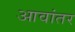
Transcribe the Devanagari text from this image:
आवांतर